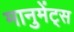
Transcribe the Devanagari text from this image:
मानुमेंट्स